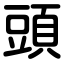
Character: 頭